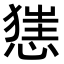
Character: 𢞪